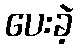
ပေးခဲ့